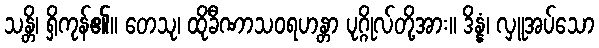
သန္တိ၊ ရှိကုန်၏။ တေသု၊ ထိုခီဏာသဝရဟန္တာ ပုဂ္ဂိုလ်တို့အား။ ဒိန္နံ၊ လှူအပ်သော